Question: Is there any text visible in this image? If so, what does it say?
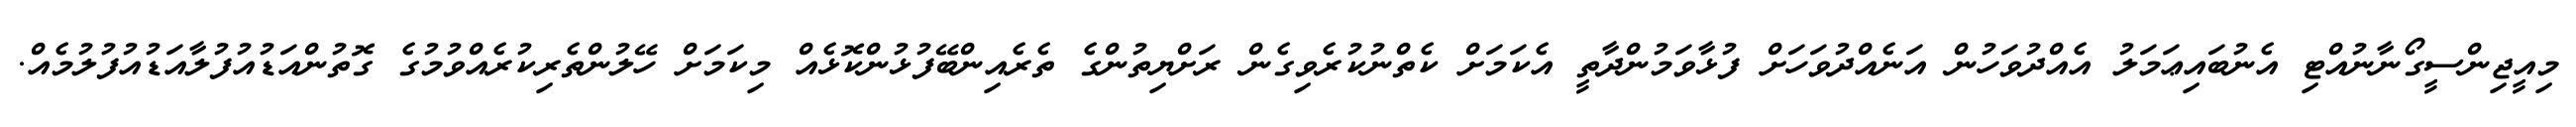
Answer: މިއީޖިންސީގޯނާނުއްޓި އެނުބައިޢަމަލު އެއްދުވަހުން އަނެއްދުވަހަށް ފުޅާވަމުންދާތީ އެކަމަށް ކެތްނުކުރެވިގެން ރަށްޔިތުންގެ ތެރެއިންބޭފުޅުންކޮޅެއް މިކަމަށް ހޭލުންތެރިކުރެއްވުމުގެ ގޮތުންއަޑުއުފުލާއަޑުއުފުލުމެއް.